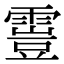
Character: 𩄟